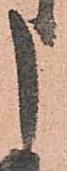
申